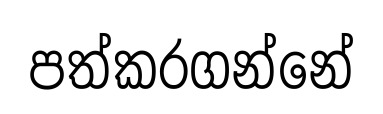
පත්කරගන්නේ